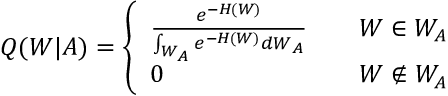
Q ( W | A ) = \left\{ \begin{array} { l l } { \frac { e ^ { - H ( W ) } } { \int _ { W _ { A } } e ^ { - H ( W ) } d W _ { A } } \quad } & { W \in W _ { A } } \\ { 0 } & { W \notin W _ { A } } \end{array} \right.